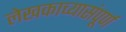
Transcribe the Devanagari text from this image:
लेखकाच्यासंपूर्ण